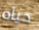
حياه